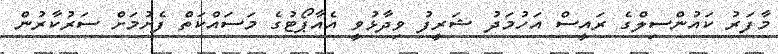
މާފަރު ކައުންސިލްގެ ރައީސް އަހުމަދު ޝަރީފު ވިދާޅުވީ އެއާޕޯޓުގެ މަސައްކަތް ފެށުމަށް ސަރުކާރުން